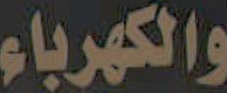
والكهرباء